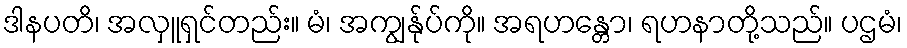
ဒါနပတိ၊ အလှူရှင်တည်း။ မံ၊ အကျွန်ုပ်ကို။ အရဟန္တော၊ ရဟနာတို့သည်။ ပဌမံ၊